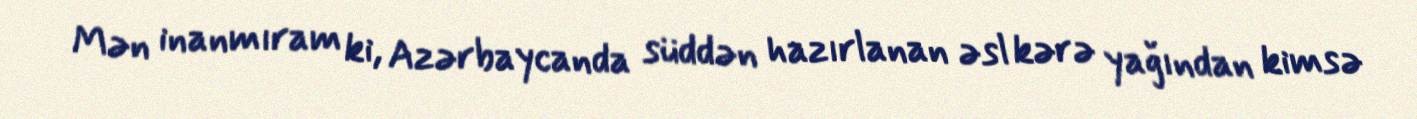
Mən inanmıram ki, Azərbaycanda süddən hazırlanan əsl kərə yağından kimsə